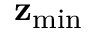
\mathbf { z } _ { \mathrm { m i n } }